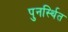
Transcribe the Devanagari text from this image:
पुनर्स्थित